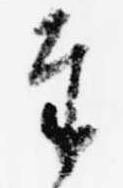
奉